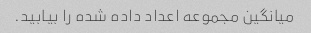
میانگین مجموعه اعداد داده شده را بیابید.